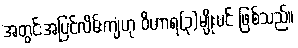
အတွင်းအပြင်လိမ်းကျံဟု ဝိဟာရ(၃)မျိုးပင် ဖြစ်သည်။